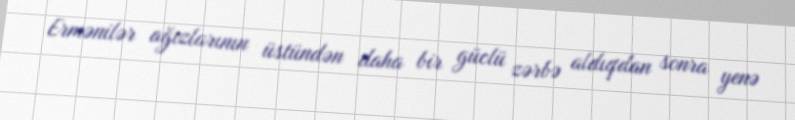
Ermənilər ağızlarının üstündən daha bir güclü zərbə aldıqdan sonra yenə